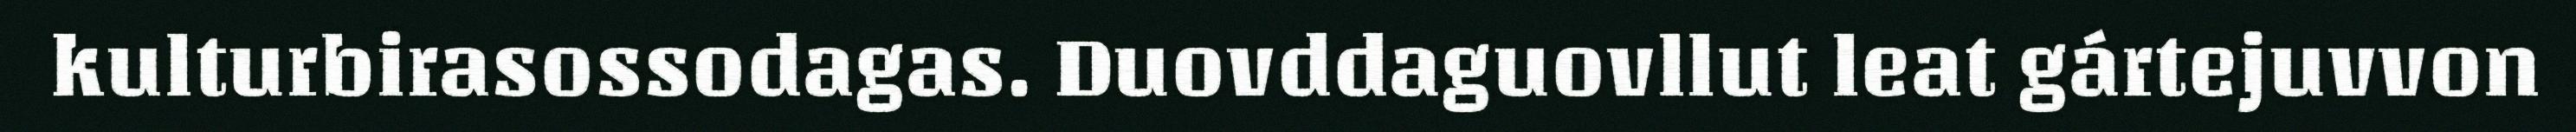
kulturbirasossodagas. Duovddaguovllut leat gártejuvvon